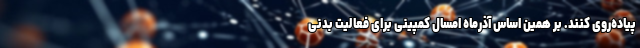
پیاده‌روی کنند. بر همین اساس آذرماه امسال کمپینی برای فعالیت بدنی